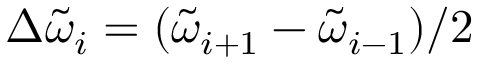
\Delta \tilde { \omega } _ { i } = ( \tilde { \omega } _ { i + 1 } - \tilde { \omega } _ { i - 1 } ) / 2